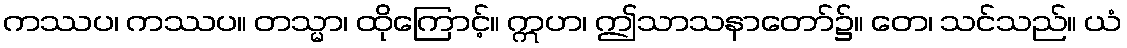
ကဿပ၊ ကဿပ။ တသ္မာ၊ ထိုကြောင့်။ ဣဟ၊ ဤသာသနာတော်၌။ တေ၊ သင်သည်။ ယံ